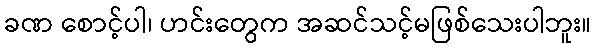
ခဏ စောင့်ပါ၊ ဟင်းတွေက အဆင်သင့်မဖြစ်သေးပါဘူး။